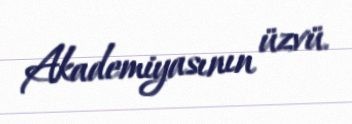
Akademiyasının üzvü.